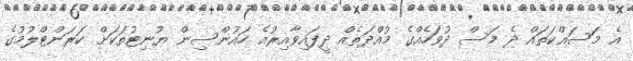
އެ މަސައްކަތައް ދެ މަސް ދުވަހެއްގެ މުއްދަތެއް ދީފައިވާއިރުއެ ހައުންސިން ޔުނިޓުތަކަށް ކަރަންޓްލުމުގެ